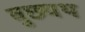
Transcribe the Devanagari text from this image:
वुछ्यथ